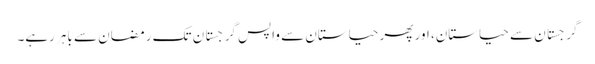
گرجستان سے حیاستان، اور پھر حیاستان سے واپس گرجستان تک رمضان سے باہر رہے۔